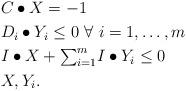
LaTeX: \begin{align*} & C \bullet X = -1 \\ & D_i \bullet Y_i \le 0 \ \forall \ i = 1,\ldots,m \\ & I \bullet X + \textstyle{\sum_{i = 1}^m} I \bullet Y_i \le 0 \\ & X, Y_i . \end{align*}